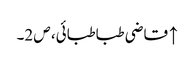
↑ قاضی طباطبائی، ص 2۔